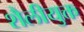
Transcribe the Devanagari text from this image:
शैलीयुक्त